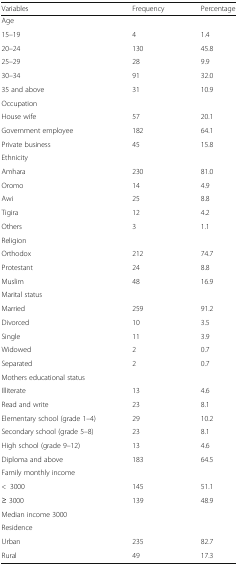
| Variables | Frequency | Percentage |
 | --- | --- | --- |
 | Age |  |  |
 | 15–19 | 4 | 1.4 |
 | 20–24 | 130 | 45.8 |
 | 25–29 | 28 | 9.9 |
 | 30–34 | 91 | 32.0 |
 | 35 and above | 31 | 10.9 |
 | Occupation |  |  |
 | House wife | 57 | 20.1 |
 | Government employee | 182 | 64.1 |
 | Private business | 45 | 15.8 |
 | Ethnicity |  |  |
 | Amhara | 230 | 81.0 |
 | Oromo | 14 | 4.9 |
 | Awi | 25 | 8.8 |
 | Tigira | 12 | 4.2 |
 | Others | 3 | 1.1 |
 | Religion |  |  |
 | Orthodox | 212 | 74.7 |
 | Protestant | 24 | 8.8 |
 | Muslim | 48 | 16.9 |
 | Marital status |  |  |
 | Married | 259 | 91.2 |
 | Divorced | 10 | 3.5 |
 | Single | 11 | 3.9 |
 | Widowed | 2 | 0.7 |
 | Separated | 2 | 0.7 |
 | Mothers educational status |  |  |
 | Illiterate | 13 | 4.6 |
 | Read and write | 23 | 8.1 |
 | Elementary school (grade 1–4) | 29 | 10.2 |
 | Secondary school (grade 5–8) | 23 | 8.1 |
 | High school (grade 9–12) | 13 | 4.6 |
 | Diploma and above | 183 | 64.5 |
 | Family monthly income |  |  |
 | <3000 | 145 | 51.1 |
 | ≥ 3000 | 139 | 48.9 |
 | Median income 3000 |  |  |
 | Residence |  |  |
 | Urban | 235 | 82.7 |
 | Rural | 49 | 17.3 |